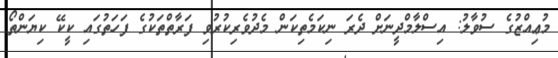
މުޢިއްޒުގެ ސުވާލު: އިސްލާމްދީނަށް ދެރަ ނިކަމެތިކަން މެދުވެރިކުރުވި ފަރާތްތަކުގެ ފަހަތުގައި ކީކޭ ކިޔަންތޯ